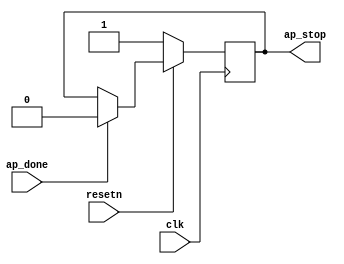
`timescale 1ns / 1ps
//////////////////////////////////////////////////////////////////////////////////
// Company: 
// Engineer: 
// 
// Design Name: 
// Module Name: stop_msort
// Project Name: 
// Target Devices: 
// Tool Versions: 
// Description: 
// 
// Dependencies: 
// 
// Revision:
// Revision 0.01 - File Created
// Additional Comments:
// 
//////////////////////////////////////////////////////////////////////////////////


module stop_msort(
    input ap_done,
    input clk,
    input resetn,
    output ap_stop
    );
    reg reg_ap_stop;
    assign ap_stop = reg_ap_stop;
    always@(posedge clk)begin
        if(!resetn)begin
            reg_ap_stop <= 1;
        end
        else begin
            if(ap_done)begin
                reg_ap_stop <= 0;
            end
            else begin
                reg_ap_stop <= reg_ap_stop;
            end
        end
    end
endmodule